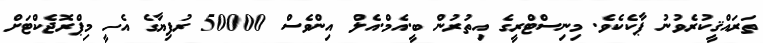
ތަރައްޤީކުރެވުނު ޕާކެކެވެ. މިނިސްޓްރީގެ އިތުރުން ބީ.އެމް.އެލް އިންވެސް 50000 ރުފިޔާގެ އެހީ މިޕްރޮޖެކްޓަށް